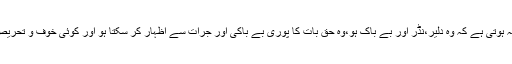
ایک عظیم راہنما کی سب سے بڑی خوبی یہ ہوتی ہے کہ وہ دلیر،نڈر اور بے باک ہو،وہ حق بات کا پوری بے باکی اور جرات سے اظہار کر سکتا ہو اور کوئی خوف و تحریص اسے اظہارِ حق و صداقت میں مانع نہ ہو۔